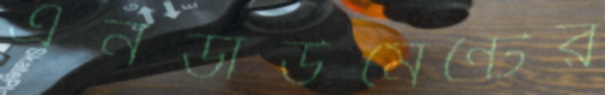
এনডাউমেন্টের